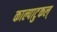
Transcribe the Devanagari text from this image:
काल्पाटुकल्